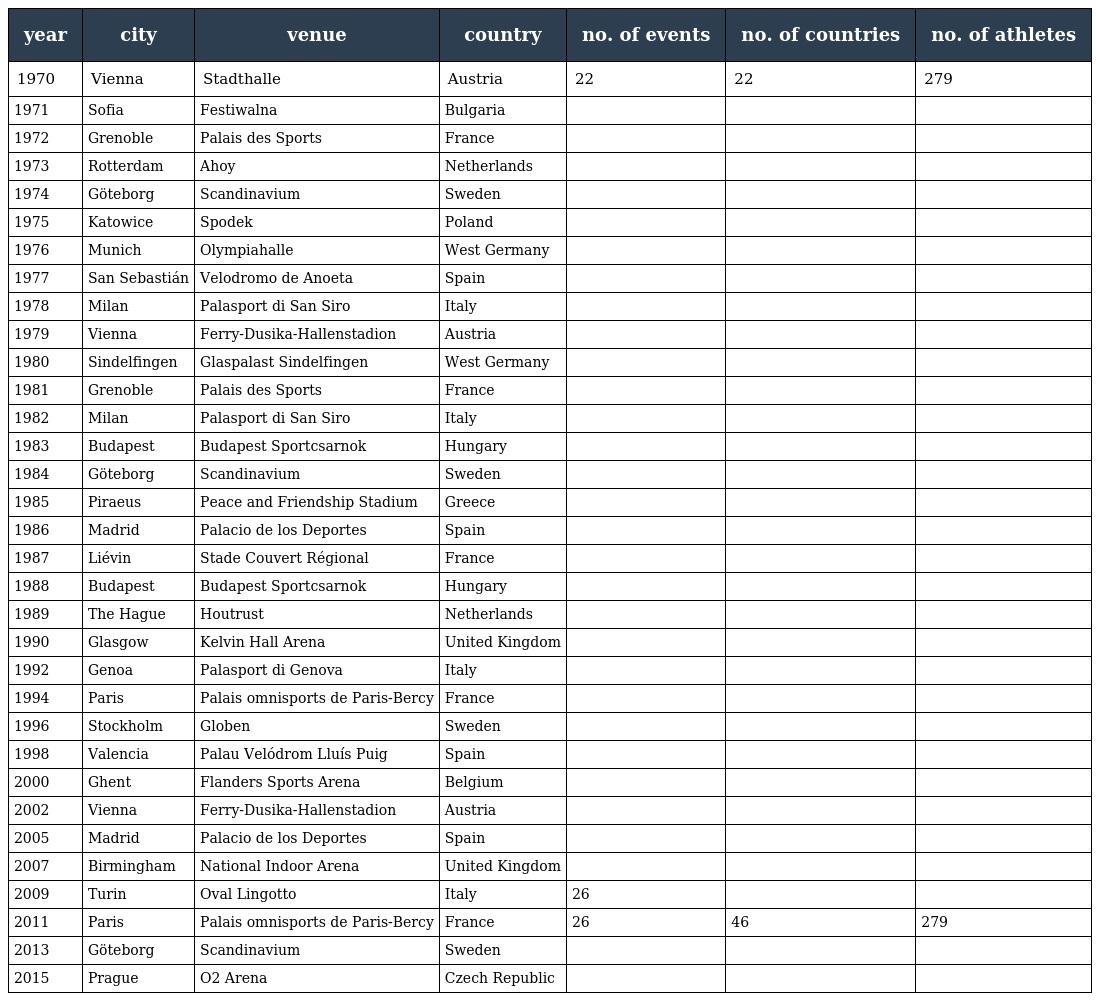
| year | city | venue | country | no. of events | no. of countries | no. of athletes |
 | --- | --- | --- | --- | --- | --- | --- |
 | 1970 | Vienna | Stadthalle | Austria | 22 | 22 | 279 |
 | 1971 | Sofia | Festiwalna | Bulgaria |  |  |  |
 | 1972 | Grenoble | Palais des Sports | France |  |  |  |
 | 1973 | Rotterdam | Ahoy | Netherlands |  |  |  |
 | 1974 | Göteborg | Scandinavium | Sweden |  |  |  |
 | 1975 | Katowice | Spodek | Poland |  |  |  |
 | 1976 | Munich | Olympiahalle | West Germany |  |  |  |
 | 1977 | San Sebastián | Velodromo de Anoeta | Spain |  |  |  |
 | 1978 | Milan | Palasport di San Siro | Italy |  |  |  |
 | 1979 | Vienna | Ferry-Dusika-Hallenstadion | Austria |  |  |  |
 | 1980 | Sindelfingen | Glaspalast Sindelfingen | West Germany |  |  |  |
 | 1981 | Grenoble | Palais des Sports | France |  |  |  |
 | 1982 | Milan | Palasport di San Siro | Italy |  |  |  |
 | 1983 | Budapest | Budapest Sportcsarnok | Hungary |  |  |  |
 | 1984 | Göteborg | Scandinavium | Sweden |  |  |  |
 | 1985 | Piraeus | Peace and Friendship Stadium | Greece |  |  |  |
 | 1986 | Madrid | Palacio de los Deportes | Spain |  |  |  |
 | 1987 | Liévin | Stade Couvert Régional | France |  |  |  |
 | 1988 | Budapest | Budapest Sportcsarnok | Hungary |  |  |  |
 | 1989 | The Hague | Houtrust | Netherlands |  |  |  |
 | 1990 | Glasgow | Kelvin Hall Arena | United Kingdom |  |  |  |
 | 1992 | Genoa | Palasport di Genova | Italy |  |  |  |
 | 1994 | Paris | Palais omnisports de Paris-Bercy | France |  |  |  |
 | 1996 | Stockholm | Globen | Sweden |  |  |  |
 | 1998 | Valencia | Palau Velódrom Lluís Puig | Spain |  |  |  |
 | 2000 | Ghent | Flanders Sports Arena | Belgium |  |  |  |
 | 2002 | Vienna | Ferry-Dusika-Hallenstadion | Austria |  |  |  |
 | 2005 | Madrid | Palacio de los Deportes | Spain |  |  |  |
 | 2007 | Birmingham | National Indoor Arena | United Kingdom |  |  |  |
 | 2009 | Turin | Oval Lingotto | Italy | 26 |  |  |
 | 2011 | Paris | Palais omnisports de Paris-Bercy | France | 26 | 46 | 279 |
 | 2013 | Göteborg | Scandinavium | Sweden |  |  |  |
 | 2015 | Prague | O2 Arena | Czech Republic |  |  |  |